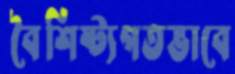
বৈশিষ্ট্যগতভাবে